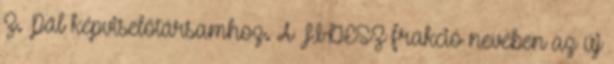
Z. Pál képviselőtársamhoz. A FIDESZ frakció nevében az új